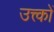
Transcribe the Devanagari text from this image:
उत्त्कों